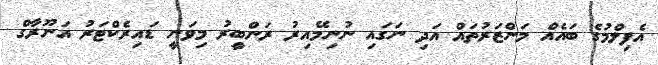
އެފިލްމުގެ ބައެއް މަންޒަރުތައް އަދި ނަގައި ނުނިމޭއިރު ރަންބީރު މިވަނީ ޑައިރެކްޓަރު އަނޫރާގް